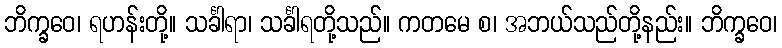
ဘိက္ခဝေ၊ ရဟန်းတို့။ သင်္ခါရာ၊ သင်္ခါရတို့သည်။ ကတမေ စ၊ အဘယ်သည်တို့နည်း။ ဘိက္ခဝေ၊